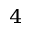
^ 4